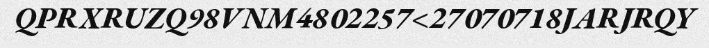
QPRXRUZQ98VNM4802257<27070718JARJRQY